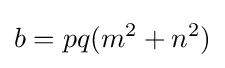
b=pq(m^{2}+n^{2})